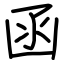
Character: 函